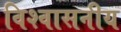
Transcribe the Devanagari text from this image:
विश्‍वासनीय